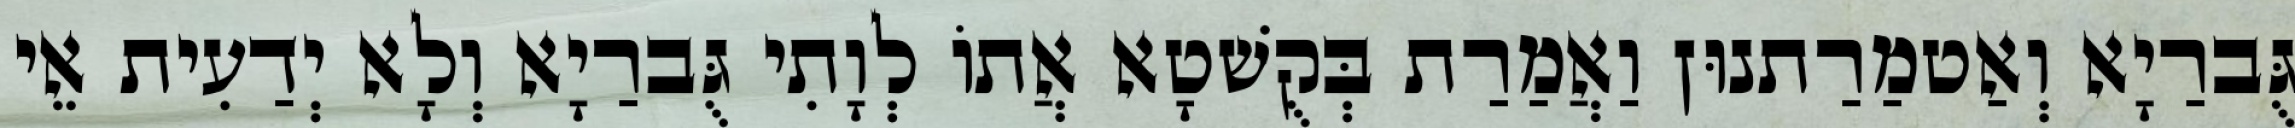
גֻּברַיָא וְאַטמַרַתנוּן וַאֲמַרַת בְּקֻשׁטָא אֲתוֹ לְוָתִי גֻּברַיָא וְלָא יְדַעִית אֵי